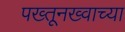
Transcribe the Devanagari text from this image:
पख्तूनख्वाच्या